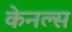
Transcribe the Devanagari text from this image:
केनल्स